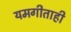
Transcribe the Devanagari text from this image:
यमगीताही